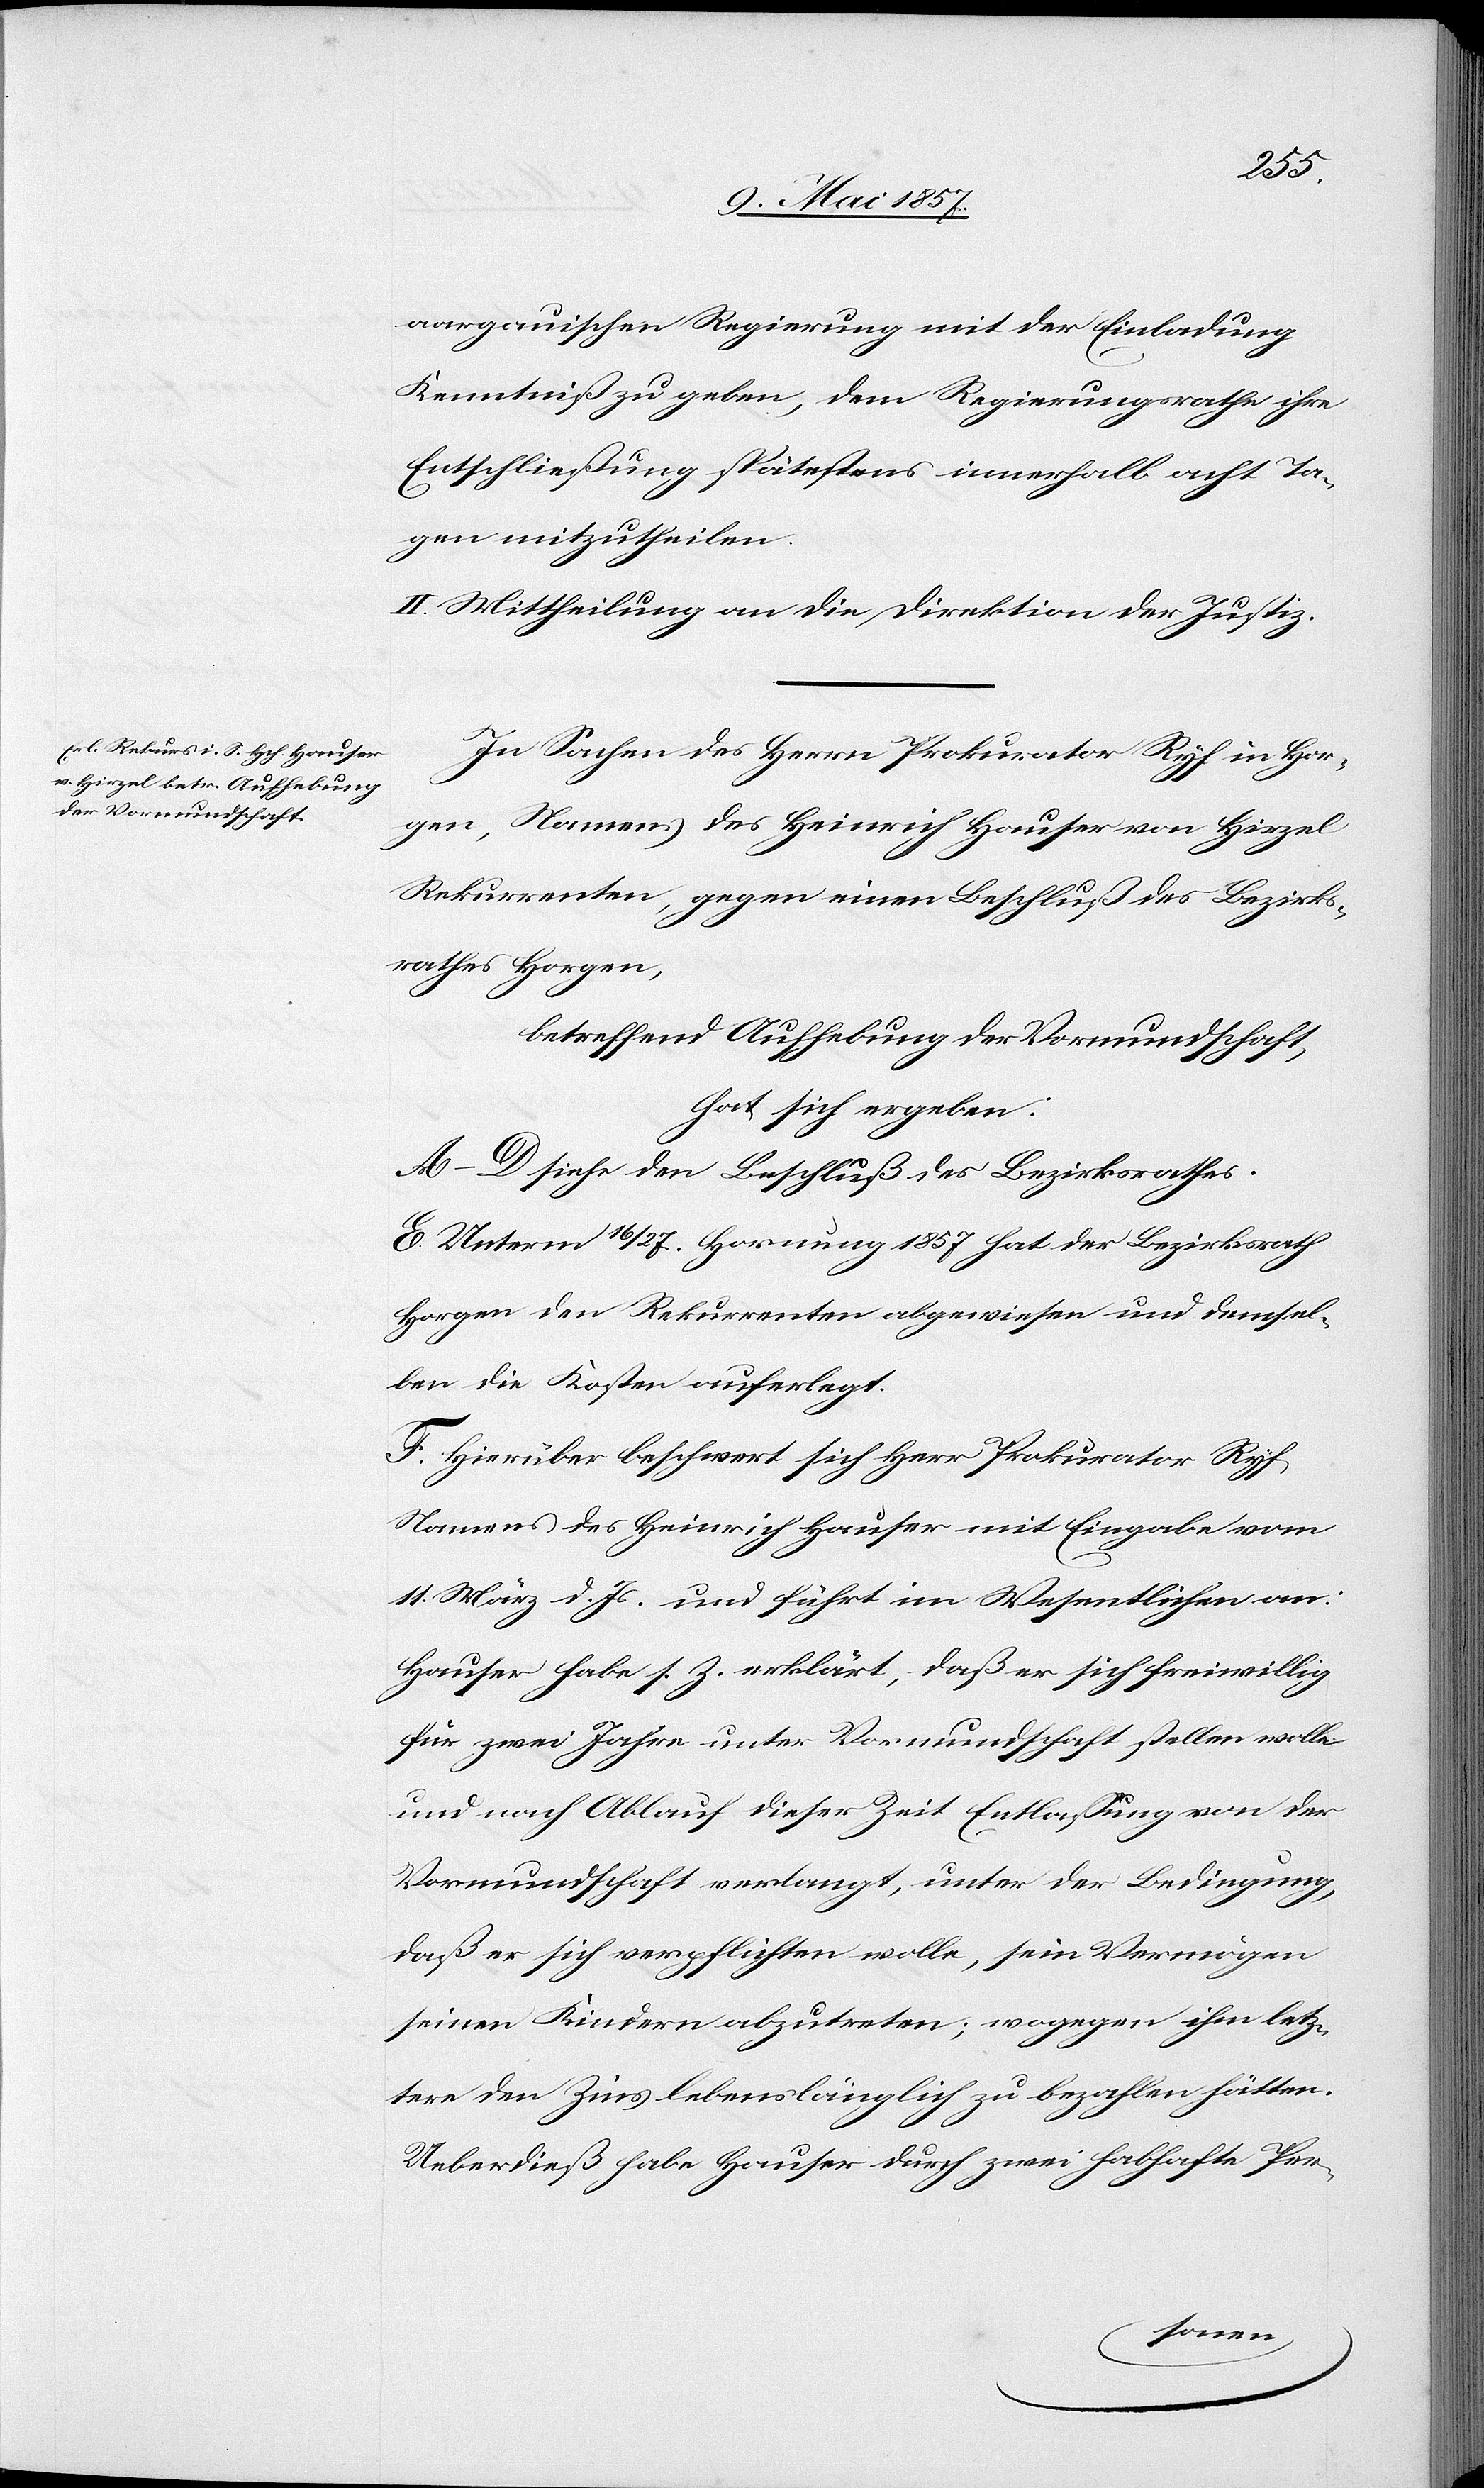
aargauischen Regierung mit der Einladung
Kenntniß zu geben, dem Regierungsrathe ihre
Entlaßung spätestens innerhalb acht Ta¬
gen mitzutheilen.
II. Mittheilung an die Direktion der Justiz.
In Sachen des Herrn Prokurator Ryf in Hor¬
gen, Namens des Heinrich Hause von Hirzel
Rekurrenten, gegen einen Beschluß des Bezirks¬
rathes Horgen,
betreffend Aufhebung der Vormundschaft,
hat sich ergeben:
A–D siehe den Beschluß des Bezirksrathes.
E. Unterm 16/27 Hornung 1857 hat der Bezirksrath
Horgen den Rekurrenten abgewiesen und demsel¬
ben die Kosten auferlegt.
F. Hierüber beschwert sich Herr Prokurator Ryf
Namens des Heinrich Hauser mit Eingabe vom
11 März d. Js. und führt im Wesentlichen an:
Hauser habe s. Z. erklärt, daß er sich freiwillig
für zwei Jahre unter Vormundschaft stellen wolle
und nach Ablauf dieser Zeit Entlassung von der
Vormundschaft verlangt, unter der Bedingung,
daß er sich verpflichten wolle, sein Vermögen
seinen Kindern abzutreten; wogegen ihm letz¬
tere den Zins lebenslänglich zu bezahlen hätten.
Ueberdieß habe Hauser durch zwei habhafte Per-